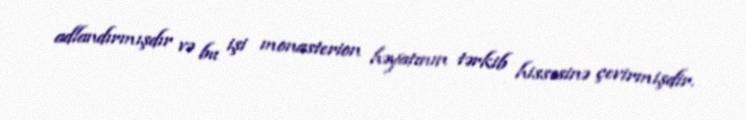
adlandırmışdır və bu işi monasterion həyatının tərkib hissəsinə çevirmişdir.